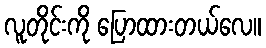
လူတိုင်းကို ပြောထားတယ်လေ။